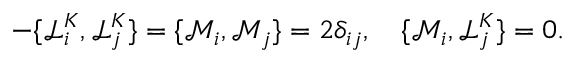
- \{ \mathcal { L } _ { i } ^ { K } , \mathcal { L } _ { j } ^ { K } \} = \{ \mathcal { M } _ { i } , \mathcal { M } _ { j } \} = 2 \delta _ { i j } , ~ ~ ~ \{ \mathcal { M } _ { i } , \mathcal { L } _ { j } ^ { K } \} = 0 .